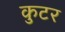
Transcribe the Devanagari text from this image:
कुटर